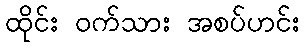
ထိုင်း ဝက်သား အစပ်ဟင်း